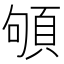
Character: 䪷